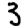
Digit: 3